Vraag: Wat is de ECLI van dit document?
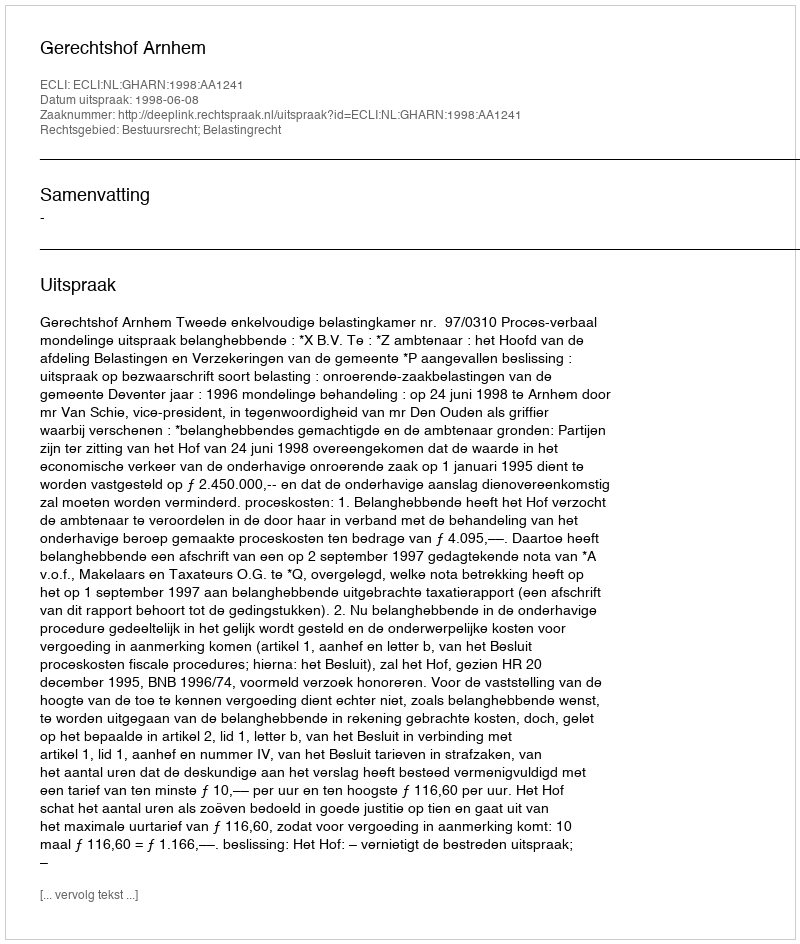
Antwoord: ECLI:NL:GHARN:1998:AA1241